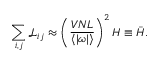
\sum _ { i , j } \mathcal { L } _ { i j } \approx \left( \frac { V N L } { \langle | \boldsymbol { \omega } | \rangle } \right) ^ { 2 } H \equiv \Bar { H } .